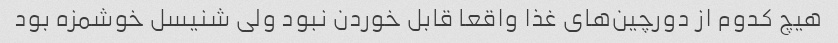
هیچ کدوم از دورچین‌های غذا واقعا قابل خوردن نبود ولی شنیسل خوشمزه بود